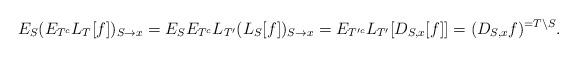
LaTeX: \begin{align*} E_S (E_{T^c} L_T [f])_{S \rightarrow x} = E_S E_{T^c} L_{T'} (L_S [f])_{S \rightarrow x} = E_{T'^c} L_{T'} [D_{S,x} [f]] = (D_{S, x} f)^{=T \setminus S}. \end{align*}